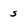
Character: 5